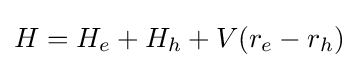
H=H_{e}+H_{h}+V(r_{e}-r_{h})